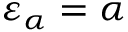
\varepsilon _ { \alpha } = \alpha